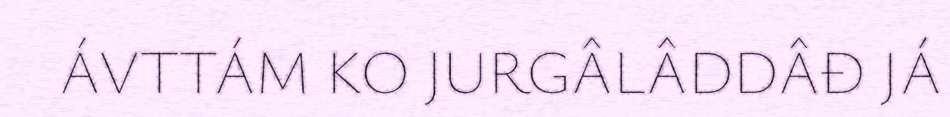
ÁVTTÁM KO JURGÂLÂDDÂĐ JÁ